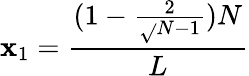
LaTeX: \mathbf{x}_{1}=\frac{{(1-\frac{{2}}{{\sqrt{}{{N-1}}}})N}}{{L}}